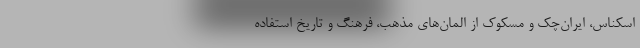
اسکناس، ایران‌چک و مسکوک از المان‌های مذهب، فرهنگ و تاریخ استفاده